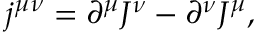
j ^ { \mu \nu } = \partial ^ { \mu } J ^ { \nu } - \partial ^ { \nu } J ^ { \mu } ,